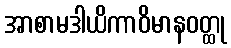
အာစာမဒါယိကာဝိမာနဝတ္ထု